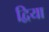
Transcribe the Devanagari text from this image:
द्विया